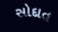
સોદાત